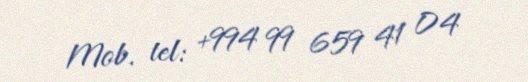
Mob. tel: +994 99 659 41 04